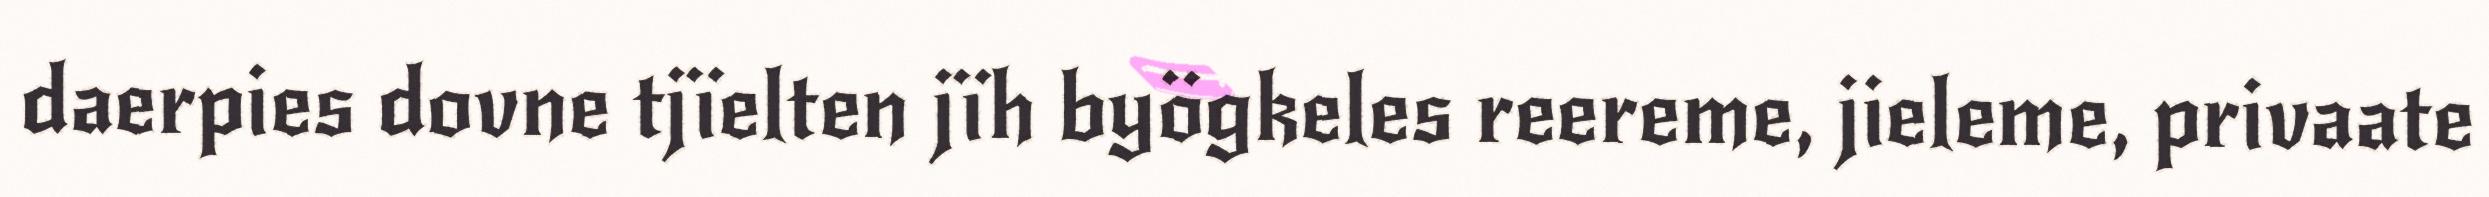
daerpies dovne tjïelten jïh byögkeles reereme, jieleme, privaate